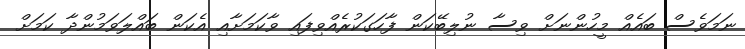
ނަމަވެސް ބައެއް މީހުންނަށް ވިސާ ނުލިބޭކަން ފާހަގަކުރެއްވިފައި ވާކަމަށާއި އެކަން ބައްލަވަމުންދާ ކަމަށް